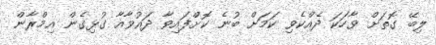
ލިބޭ ގޮތަށް ވާހަކަ ދެއްކެވި ކަމަށް ބުނެ ކޮށްފައިވާ ދައުވާއާ ގުޅިގެން އިމްރާން